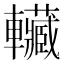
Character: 𰹬